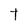
Character: t